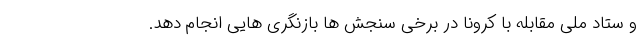
و ستاد ملی مقابله با کرونا در برخی سنجش ها بازنگری هایی انجام دهد.